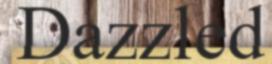
Dazzled